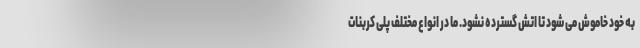
به خود خاموش می شود تا اتش گسترده نشود. ما در انواع مختلف پلی کربنات